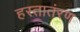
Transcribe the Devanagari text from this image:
हस्तातंरण